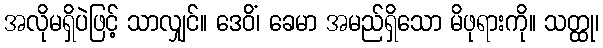
အလိုမရှိပဲဖြင့် သာလျှင်။ ဒေဝိံ၊ ခေမာ အမည်ရှိသော မိဖုရားကို။ သတ္ထု၊